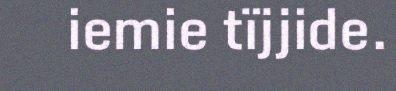
iemie tïjjide.